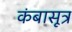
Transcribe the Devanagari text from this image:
कंबासूत्र